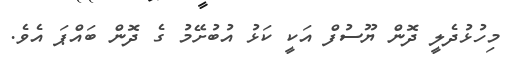
މިހުޅުދެލީ ދޮން ޔޫސުފް އަކީ ކަޅު އުބުށޭމު ގެ ދޮން ބައްޕަ އެވެ.